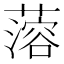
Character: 𰲆